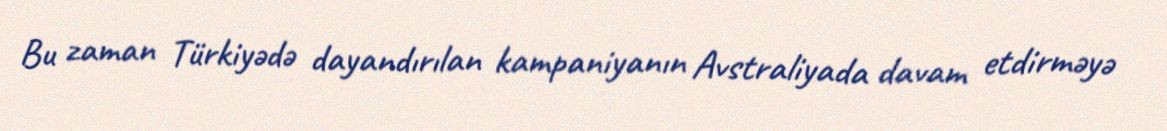
Bu zaman Türkiyədə dayandırılan kampaniyanın Avstraliyada davam etdirməyə